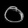
Digit: ၀